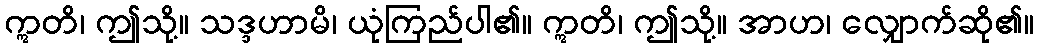
ဣတိ၊ ဤသို့။ သဒ္ဒဟာမိ၊ ယုံကြည်ပါ၏။ ဣတိ၊ ဤသို့။ အာဟ၊ လျှောက်ဆို၏။